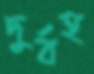
দুর্বহ